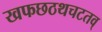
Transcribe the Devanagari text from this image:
खफछठथचटतव्